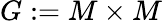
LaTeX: G:=M\times M